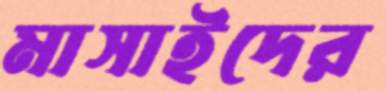
মাসাইদের